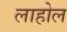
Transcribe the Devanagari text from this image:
लाहोल